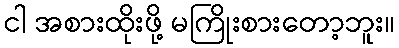
ငါ အစားထိုးဖို့ မကြိုးစားတော့ဘူး။